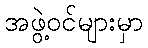
အဖွဲ့ဝင်များမှာ